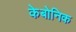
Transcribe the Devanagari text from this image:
केबोनिक